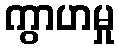
ကွာဟမှု